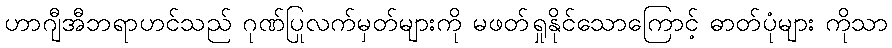
ဟာဂျီအီဘရာဟင်သည် ဂုဏ်ပြုလက်မှတ်များကို မဖတ်ရှုနိုင်သောကြောင့် ဓာတ်ပုံများ ကိုသာ